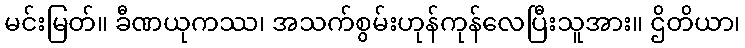
မင်းမြတ်။ ခီဏယုကဿ၊ အသက်စွမ်းဟုန်ကုန်လေပြီးသူအား။ ဌိတိယာ၊